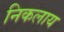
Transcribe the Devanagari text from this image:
निकलाय